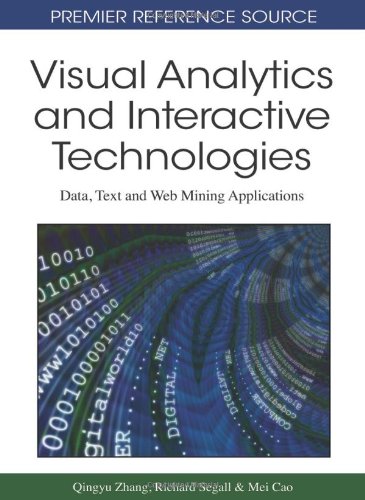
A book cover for Visual Analytics and Interactive Technologies: Data, Text and Web Mining Applications (Premier Reference Source); Qingyu Zhang; Computers & Technology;